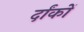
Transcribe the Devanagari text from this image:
र्दांकों